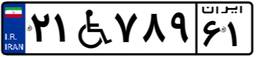
۲۱W۷۸۹۶۱